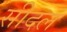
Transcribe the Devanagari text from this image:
सीदल